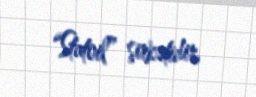
“Statoil” şirkətidir.